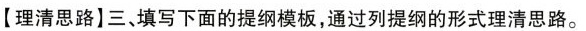
【理清思路】三、填写下面的提纲模板，通过列提纲的形式理清思路。